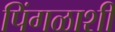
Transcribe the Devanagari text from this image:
पिंगळाशी